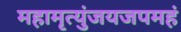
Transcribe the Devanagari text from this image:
महामृत्युंजयजपमहं